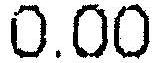
0.00